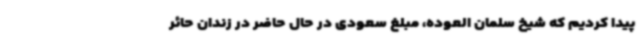
پیدا کردیم که شیخ سلمان العوده، مبلغ سعودی در حال حاضر در زندان حائر